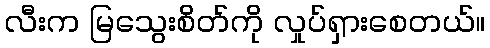
လီးက မြသွေးစိတ်ကို လှုပ်ရှားစေတယ်။